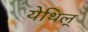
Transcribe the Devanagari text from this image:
येथिल्